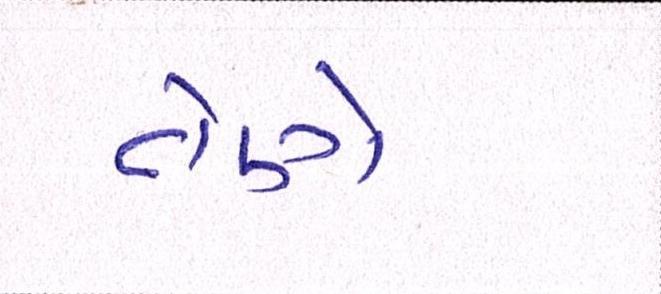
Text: તેણે